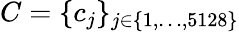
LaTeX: C=\{ c_{j}\} _{j\in\{ 1,\dots,5128\} }